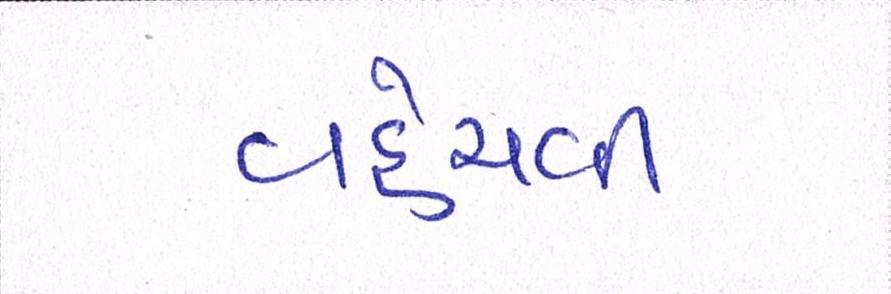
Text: વહેંચવી